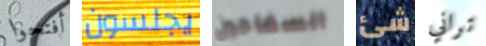
أفتحوا يجلسون السفاحين شئ تراني